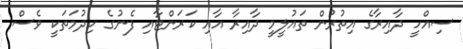
ސިއްހީ ދާއިރާގެ އިތުރުން ތައުލީމީ ދާއިރާ އާއި ކަރަންޓާއި ފެނުގެ ހިދުމަތަކީ ވެސް